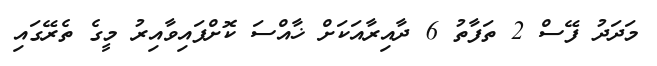
މަދަދު ފޭސް 2 ތަފާތު 6 ދާއިރާއަކަށް ޚާއްސަ ކޮށްފައިވާއިރު މީގެ ތެރޭގައި